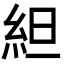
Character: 䋎